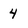
Character: 4